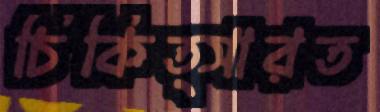
চিকিত্সারত